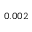
_ { 0 . 0 0 2 }